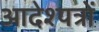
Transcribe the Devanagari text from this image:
आदेश्पत्रों